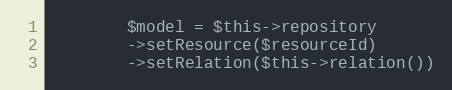
Language: PHP
        $model = $this->repository
        ->setResource($resourceId)
        ->setRelation($this->relation())